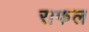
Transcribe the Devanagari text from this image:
राफल